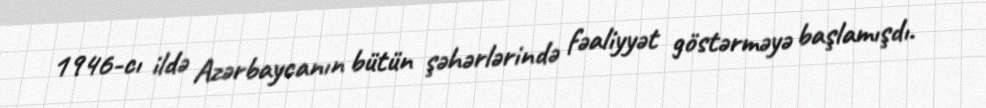
1946-cı ildə Azərbaycanın bütün şəhərlərində fəaliyyət göstərməyə başlamışdı.